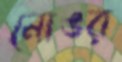
নোঙর